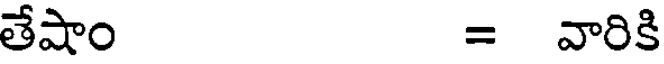
తేషాం = వారికి